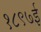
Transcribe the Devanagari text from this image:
१८९७ई